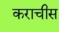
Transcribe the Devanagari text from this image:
कराचीस